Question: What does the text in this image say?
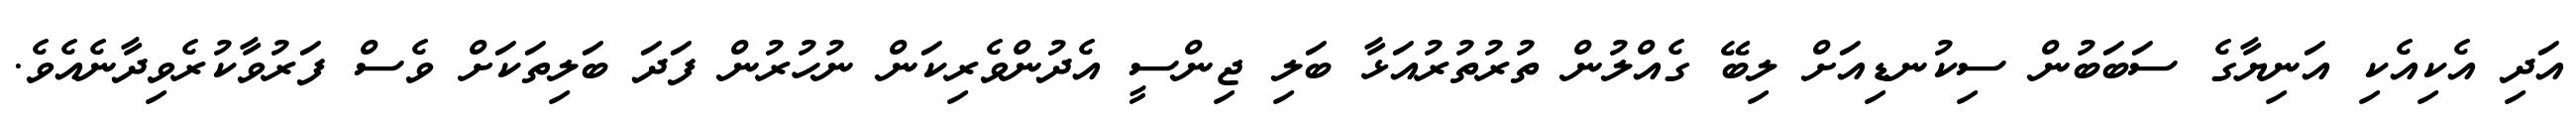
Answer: އަދި އެކިއެކި އަނިޔާގެ ސަބަބުން ސިކުނޑިއަށް ލިބޭ ގެއްލުން ތުރުތުރުއަޅާ ބަލި ޖިންސީ އެދުންވެރިކަން ނުހުރުން ފަދަ ބަލިތަކަށް ވެސް ފަރުވާކުރެވިދާނެއެވެ.